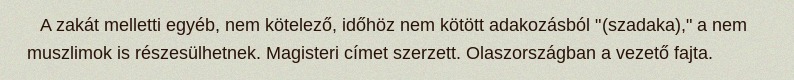
A zakát melletti egyéb, nem kötelező, időhöz nem kötött adakozásból "(szadaka)," a nem muszlimok is részesülhetnek. Magisteri címet szerzett. Olaszországban a vezető fajta.